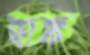
হাঙ্ক